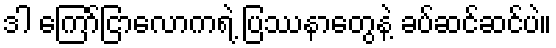
ဒါ ကြော်ငြာလောကရဲ့ ပြဿနာတွေနဲ့ ခပ်ဆင်ဆင်ပဲ။